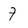
Character: 7